Juvenile offences, 1941
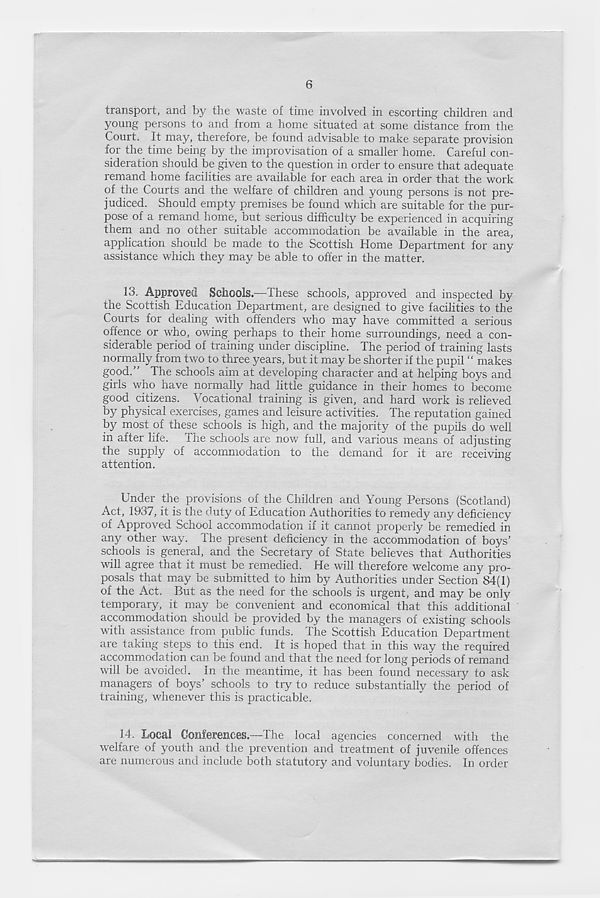
6
transport, and by the waste of time involved in escorting children and
young persons to and from a home situated at some distance from the
Court. It may, therefore, be found advisable to make separate provision
for the time being by the improvisation of a smaller home. Careful con-
sideration should be given to the question in order to ensure that adequate
remand home facilities are available for each area in order that the work
of the Courts and the welfare of children and young persons is not pre-
judiced. Should empty premises be found which are suitable for the pur-
pose of a remand home, but serious difficulty be experienced in acquiring
them and no other suitable accommodation be available in the area,
application should be made to the Scottish Home Department for any
assistance which they may be able to offer in the matter.
13. Approved Schools.—These schools, approved and inspected by
the Scottish Education Department, are designed to give facilities to the
Courts for dealing with offenders who may have committed a serious
offence or who, owing perhaps to their home surroundings, need a con-
siderable period of training under discipline. The period of training lasts
normally from two to three years, but it may be shorter if the pupil “ makes
good." The schools aim at developing character and at helping boys and
girls who have normally had little guidance in their homes to become
good citizens. Vocational training is given, and hard work is relieved
by physical exercises, games and leisure activities. The reputation gained
by most of these schools is high, and the majority of the pupils do well
in after life. The schools are now full, and various means of adjusting
the supply of accommodation to the demand for it are receiving
attention.
Under the provisions of the Children and Young Persons (Scotland)
Act, 1937, it is the duty of Education Authorities to remedy any deficiency
of Approved School accommodation if it cannot properly be remedied in
any other way. The present deficiency in the accommodation of boys’
schools is general, and the Secretary of State believes that Authorities
will agree that it must be remedied. He will therefore welcome any pro-
posals that may be submitted to him by Authorities under Section 84(1)
of the Act. But as the need for the schools is urgent, and may be only
temporary, it may be convenient and economical that this additional
accommodation should be provided by the managers of existing schools
with assistance from public funds. The Scottish Education Department
are taking steps to this end. It is hoped that in this way the required
accommodation can be found and that the need for long periods of remand
will be avoided, in the meantime, it has been found necessary to ask
managers of boys’ schools to try to reduce substantially the period of
training, whenever this is practicable.
14. Local Conferences.—The local agencies concerned with the
welfare of youth and the prevention and treatment of juvenile offences
are numerous and include both statutory and voluntary bodies. In order